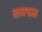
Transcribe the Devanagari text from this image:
लग्नफल